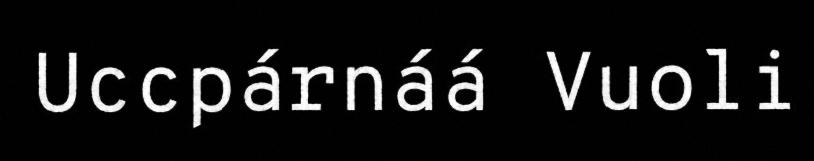
Uccpárnáá Vuoli